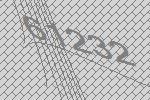
61232